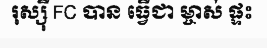
រុស្ស៊ី FC បាន ធ្វើជា ម្ចាស់ ផ្ទះ